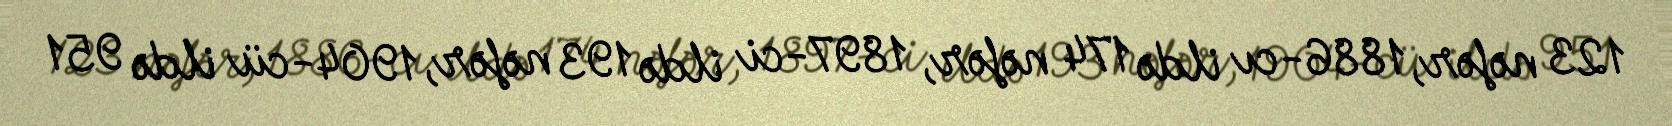
123 nəfər, 1886-cı ildə 174 nəfər, 1897-ci ildə 193 nəfər, 1904-cü ildə 951